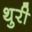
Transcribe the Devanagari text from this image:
थुरी